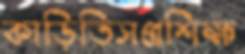
কাড়িতিসপ্রশিক্ষ